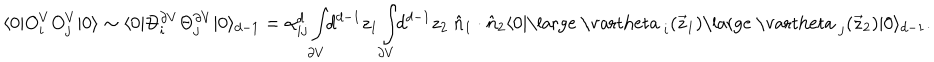
LaTeX: \langle 0 | O _ { i } ^ { V } O _ { j } ^ { V } | 0 \rangle \sim \langle 0 | \Theta _ { i } ^ { \partial V } \Theta _ { j } ^ { \partial V } | 0 \rangle _ { d - 1 } = \alpha _ { i j } ^ { d } \int _ { \partial V } \! \! d ^ { d - 1 } z _ { 1 } \int _ { \partial V } \! \! d ^ { d - 1 } z _ { 2 } ~ \hat { n } _ { 1 } \cdot \hat { n } _ { 2 } \langle 0 | \mathrm { \large ~ \ v a r t h e t a ~ } _ { i } ( \vec { z } _ { 1 } ) \mathrm { \large ~ \ v a r t h e t a ~ } _ { j } ( \vec { z } _ { 2 } ) | 0 \rangle _ { d - 1 } .